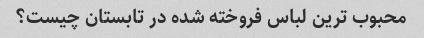
محبوب ترین لباس فروخته شده در تابستان چیست؟